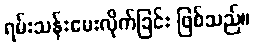
ရမ်းသန်းမေးလိုက်ခြင်း ဖြစ်သည်။